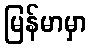
မြန်မာမှာ